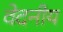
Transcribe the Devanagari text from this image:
वेदनीय